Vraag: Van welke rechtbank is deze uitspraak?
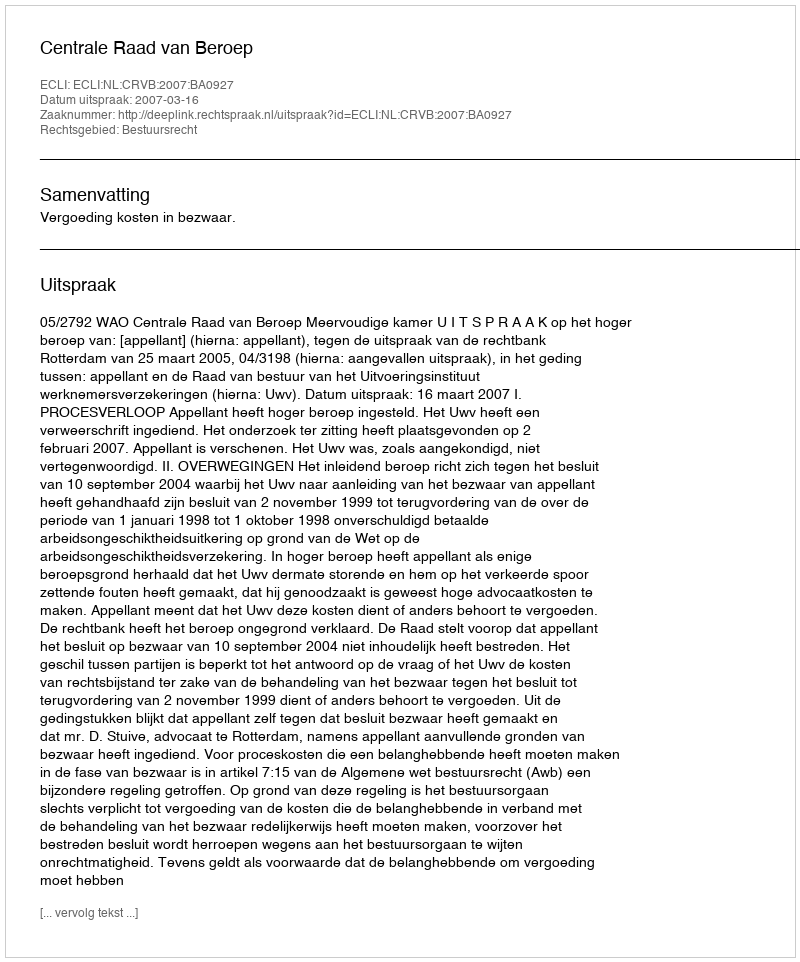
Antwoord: Centrale Raad van Beroep